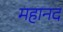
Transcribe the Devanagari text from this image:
महानद